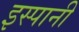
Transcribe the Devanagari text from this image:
इस्पानी